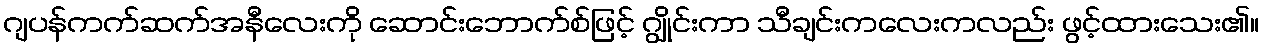
ဂျပန်ကက်ဆက်အနီလေးကို ဆောင်းဘောက်စ်ဖြင့် ဂျွိုင်းကာ သီချင်းကလေးကလည်း ဖွင့်ထားသေး၏။